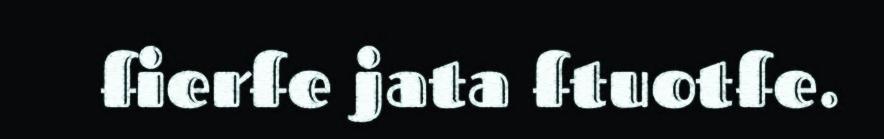
fierfe jata ftuotfe.